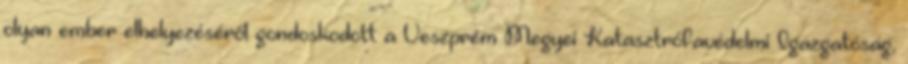
olyan ember elhelyezéséről gondoskodott a Veszprém Megyei Katasztrófavédelmi Igazgatóság,